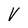
Character: V